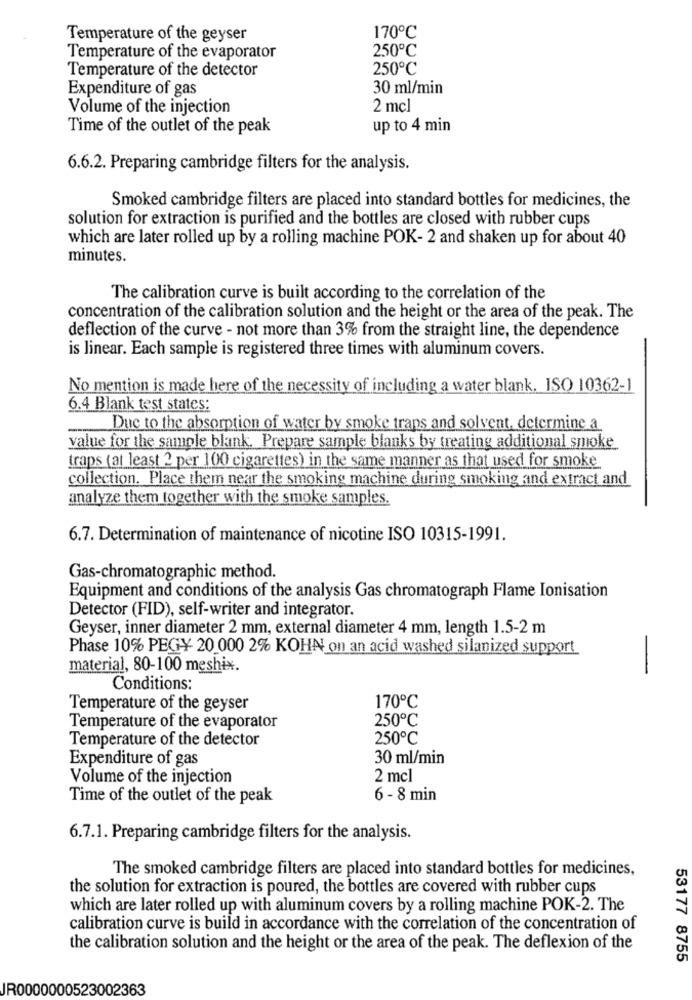
170℃
Temperature of the geyser
250℃
Temperature of the evaporator
Temperature of the detector
250℃
Expenditure of gas
30 ml/min
Volume of the injection
2 mcl
Time of the outlet of the peak
up to 4 min
6.6.2. Preparing cambridge filters for the analysis.
Smoked cambridge filters are placed into standard bottles for medicines, the
solution for extraction is purified and the bottles are closed with rubber cups
which are later rolled up by a rolling machine POK- 2 and shaken up for about 40
minutes.
The calibration curve is built according to the correlation of the
concentration of the calibration solution and the height or the area of the peak. The
deflection of the curve - not more than 3% from the straight line, the dependence
is linear. Each sample is registered three times with aluminum covers.
No mention is made here of the necessity of including a water blank. ISO 10362-1
6.4 Blank test states:
Due to the absorption of water by smoke traps and solvent, determine a
value for the sample blank. Prepare sample blanks by treating additional smoke
traps (at least 2 per 100 cigarettes) in the same manner as that used for smoke
collection. Place them near the smoking machine during smoking and extract and
analyze them together with the smoke samples.
6.7. Determination of maintenance of nicotine ISO 10315-1991.
Gas-chromatographic method.
Equipment and conditions of the analysis Gas chromatograph Flame Ionisation
Detector (FID), self-writer and integrator.
Geyser, inner diameter 2 mm, external diameter 4 mm, length 1.5-2 m
Phase 10% PEGY 20 000 2% KOHN on an acid washed silanized support
material, 80-100 meshix.
-
Conditions:
Temperature of the geyser
170℃
250℃
Temperature of the evaporator
Temperature of the detector
250℃
Expenditure of gas
30 ml/min
Volume of the injection
2 mcl
Time of the outlet of the peak
6 - 8 min
6.7.1. Preparing cambridge filters for the analysis.
The smoked cambridge filters are placed into standard bottles for medicines,
the solution for extraction is poured, the bottles are covered with rubber cups
which are later rolled up with aluminum covers by a rolling machine POK-2. The
calibration curve is build in accordance with the correlation of the concentration of
the calibration solution and the height or the area of the peak. The deflexion of the
53177 8755
R0000000523002363